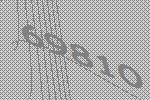
69810